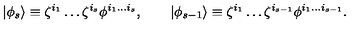
| \phi _ { s } \rangle \equiv \zeta ^ { i _ { 1 } } \ldots \zeta ^ { i _ { s } } \phi ^ { i _ { 1 } \ldots i _ { s } } , \qquad | \phi _ { s - 1 } \rangle \equiv \zeta ^ { i _ { 1 } } \ldots \zeta ^ { i _ { s - 1 } } \phi ^ { i _ { 1 } \ldots i _ { s - 1 } } .